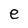
Character: e